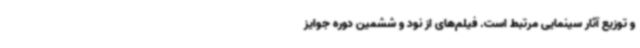
و توزیع آثار سینمایی مرتبط است. فیلم‌های از نود و ششمین دوره جوایز